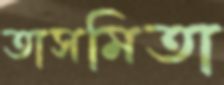
তাসমিতা